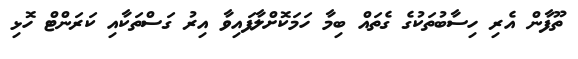
ތޫފާން އެރި ހިސާބުތަކުގެ ގެތައް ބިމާ ހަމަކޮށްލާފައިވާ އިރު ގަސްތަކާއި ކަރަންޓް ހޮޅި